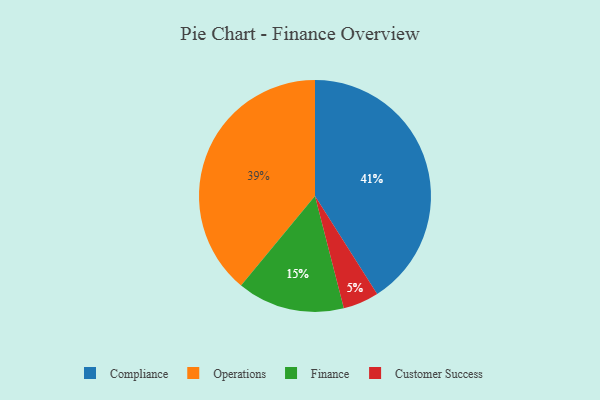
{"axis": {"x": "Category", "y": "Percentage"}, "legend": ["Compliance", "Customer Success", "Finance", "Operations"], "data": [{"x": "Finance", "y": 15, "type": "Finance"}, {"x": "Operations", "y": 39, "type": "Operations"}, {"x": "Customer Success", "y": 5, "type": "Customer Success"}, {"x": "Compliance", "y": 41, "type": "Compliance"}]}